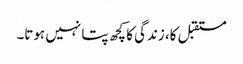
مستقبل کا، زندگی کا کچھ پتا نہیں ہوتا۔